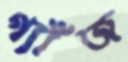
গ্যাঁজ